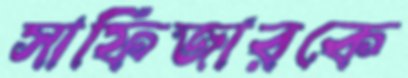
সাফিজারকে